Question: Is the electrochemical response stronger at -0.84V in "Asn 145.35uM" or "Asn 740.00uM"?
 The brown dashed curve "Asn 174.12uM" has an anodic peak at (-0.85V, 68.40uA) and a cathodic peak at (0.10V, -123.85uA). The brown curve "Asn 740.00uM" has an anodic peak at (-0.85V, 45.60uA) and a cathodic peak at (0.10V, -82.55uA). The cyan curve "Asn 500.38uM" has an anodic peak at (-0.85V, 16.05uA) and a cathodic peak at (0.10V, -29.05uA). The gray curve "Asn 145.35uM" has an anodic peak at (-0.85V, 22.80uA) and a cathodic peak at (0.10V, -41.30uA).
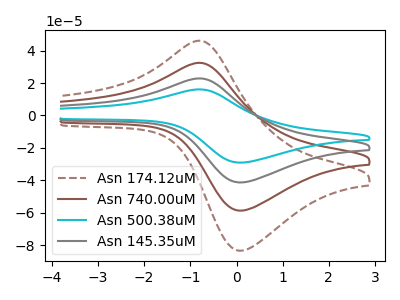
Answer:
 <answer>The peak at -0.84V is lower in "Asn 145.35uM" than in "Asn 740.00uM".</answer>
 <eval>lower</eval>